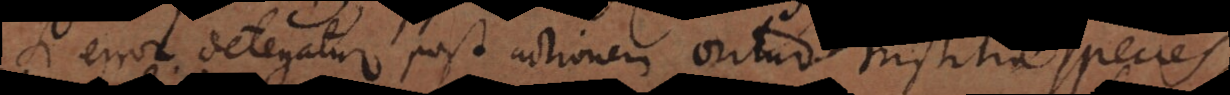
Si error detegatur post actionem oritur tristitiae species